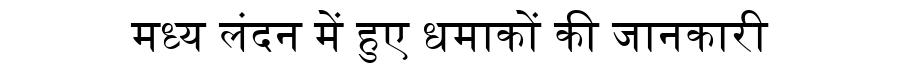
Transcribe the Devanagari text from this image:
मध्य लंदन में हुए धमाकों की जानकारी